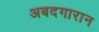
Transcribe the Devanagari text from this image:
अबदगारान